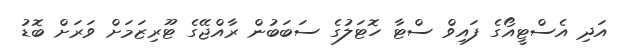
އަދި އެސްޓީއޯގެ ފައިވް ސްޓާ ހޮޓަލުގެ ސަބަބުން ރާއްޖޭގެ ޓޫރިޒަމަށް ވަރަށް ބޮޑު